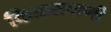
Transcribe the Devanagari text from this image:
किळसवाणी